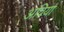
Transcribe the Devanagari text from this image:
अविया